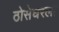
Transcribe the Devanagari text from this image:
ठोसेघरला